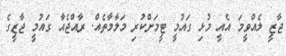
ޖާޒީ ލެއްވީމަ އެއީ މުޅި ގައުމީ ޓީމަށްކުރި މަލާމާތެއް. ރާއްޖެއާ ގައުމީ ޖާޒީގެ